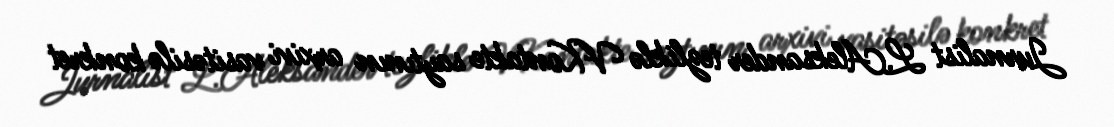
Jurnalist L.Aleksander tezliklə VKontakte saytının arxivi vasitəsilə konkret